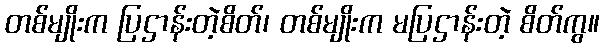
တစ်မျိုးက ပြဌာန်းတဲ့စိတ်၊ တစ်မျိုးက မပြဌာန်းတဲ့ စိတ်ကွ။